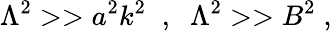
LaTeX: \Lambda^{2}>>a^{2}k^{2}\; \; ,\; \; \Lambda^{2}>>B^{2}\; ,